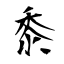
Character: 黍